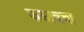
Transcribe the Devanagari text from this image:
कसाबचा